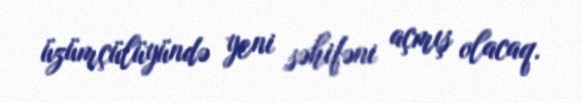
üzümçülüyündə yeni səhifəni açmış olacaq.